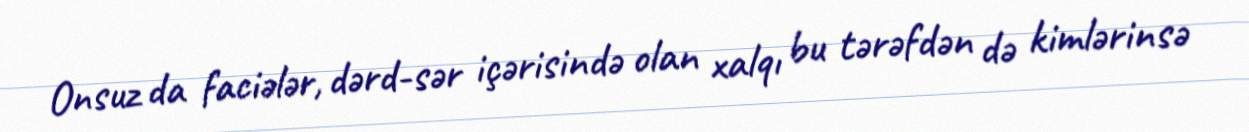
Onsuz da faciələr, dərd-sər içərisində olan xalqı bu tərəfdən də kimlərinsə